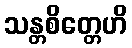
သန္တစိတ္တေဟိ